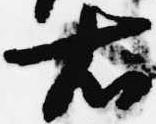
右